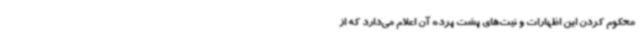
محکوم کردن این اظهارات و نیت‌های پشت پرده آن اعلام می‌دارد که از